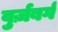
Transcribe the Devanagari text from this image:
वुर्ज़बर्ग